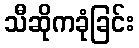
သီဆိုကခုံခြင်း